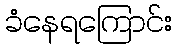
ခံနေရကြောင်း